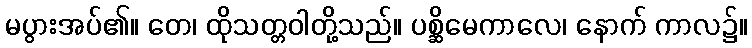
မပွားအပ်၏။ တေ၊ ထိုသတ္တဝါတို့သည်။ ပစ္ဆိမေကာလေ၊ နောက် ကာလ၌။